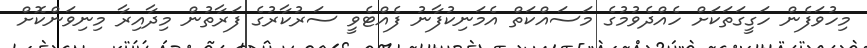
މިހުވަފެން ހަގީގަތަކަށް ހެއްދެވުމުގެ މަސައްކަތް އެމަނިކުފާނު ފެއްޓެވީ ސަރުކާރުގެ ފަރާތުން މިދާއިރާ މިނިވަންކޮށް